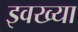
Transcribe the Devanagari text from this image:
इवख्या